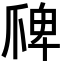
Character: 𭶲